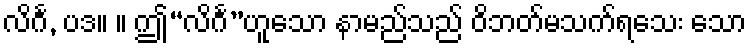
လိင်္ဂ, ပဒ။ ။ ဤ“လိင်္ဂ”ဟူသော နာမည်သည် ဝိဘတ်မသက်ရသေး သော